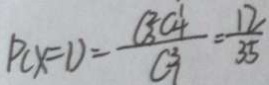
P ( x = 1 ) = \frac { C _ { 3 } ^ { 2 } C _ { 4 } ^ { 1 } } { C _ { 7 } ^ { 3 } } = \frac { 1 2 } { 3 5 }